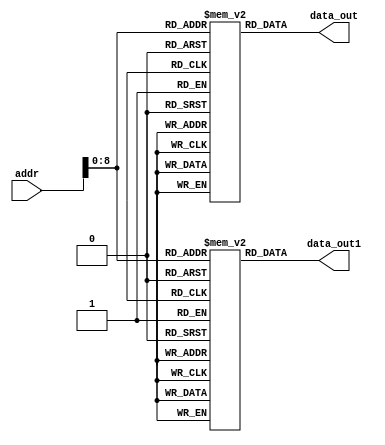
module ROM_w
 (
        addr,
        data_out,
        data_out1
    );

    input [64-1:0] addr;
    output [31:0] data_out;
    output [31:0] data_out1;
    reg [31:0] my_rom [0 : 257-1];
    reg [31:0] my_rom1 [0 : 257-1];
  
    assign data_out = my_rom[addr];
    assign data_out1 = my_rom1[addr];
endmodule